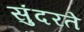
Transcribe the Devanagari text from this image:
सुंदरते